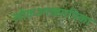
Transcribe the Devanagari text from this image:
लोकआख्यायिका